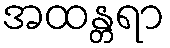
အထန္တရာ